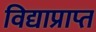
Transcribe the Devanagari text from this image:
विद्याप्राप्त